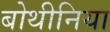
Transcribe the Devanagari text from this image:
बोथीनिया